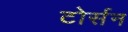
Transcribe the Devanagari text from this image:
टोर्सन